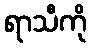
ရာသီကို